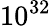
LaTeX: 10^{32}